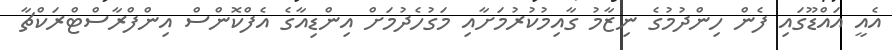
އެއީ އައްޑޫގައި ފެން ހިންދުމުގެ ނިޒާމު ގާއިމުކުރުމަށާއި މަގުހެދުމަށް އިންޑިއާގެ އެފްކޮންސް އިންފްރާސްޓްރަކްޗާ